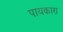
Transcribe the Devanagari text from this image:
पायकारा